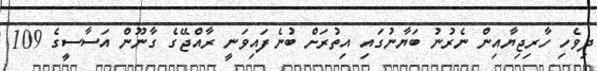
ދިވެހި ހާރިޖިޔާއިން ނެރުނު ބަޔާނުގައި އިތުރަށް ބުނެފައިވަނީ ރާއްޖޭގެ ގާނޫން އަސާސީގެ 109